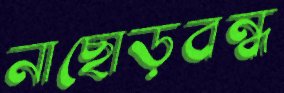
নাছোড়বন্ধ